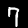
Label: 7